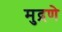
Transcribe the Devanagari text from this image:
मुद्रणे